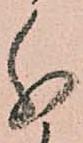
分